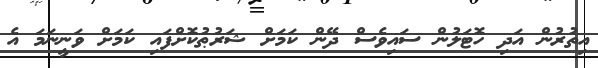
އިތުރުން އަދި ހޮޓަލުން ސައިވެސް ދޭން ކަމަށް ޝަރުޠުކޮށްފައި ކަމަށް ވަނީނަމަ އެ